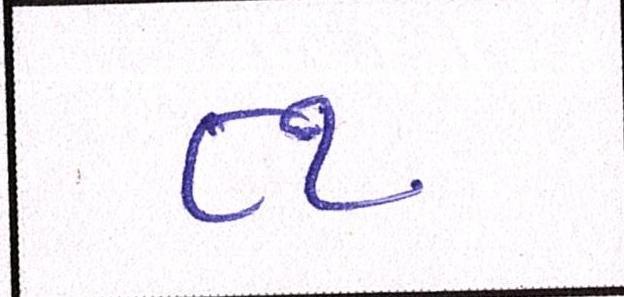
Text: ૮૧